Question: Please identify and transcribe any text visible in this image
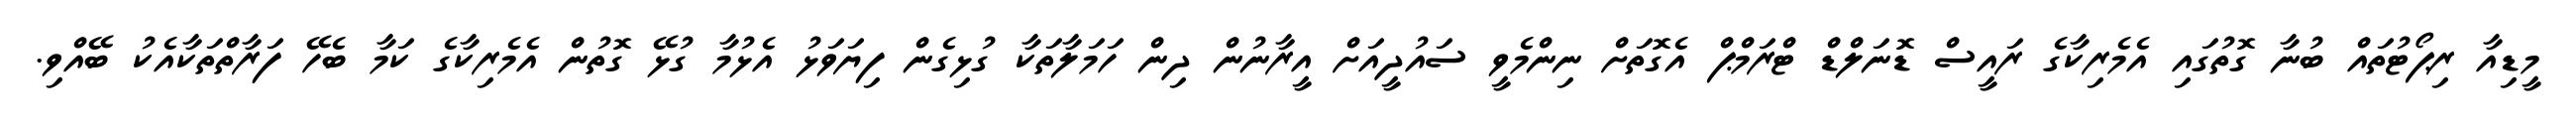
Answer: މީޑިއާ ރިޕޯޓުތައް ބުނާ ގޮތުގައި އެމެރިކާގެ ރައީސް ޑޮނަލްޑް ޓްރަމްޕް އެގޮތަށް ނިންމެވީ ސައުދީއަށް އީރާނުން ދިން ހަމަލާތަކާ ގުޅިގެން ފިޔަވަޅު އެޅުމާ ގުޅޭ ގޮތުން އެމެރިކާގެ ކަމާ ބެހޭ ފަރާތްތަކާއެކު ބޭއްވި.